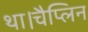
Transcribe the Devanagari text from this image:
था।चैप्लिन